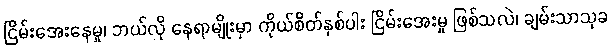
ငြိမ်းအေးနေမှု၊ ဘယ်လို နေရာမျိုးမှာ ကိုယ်စိတ်နှစ်ပါး ငြိမ်းအေးမှု ဖြစ်သလဲ၊ ချမ်းသာသုခ